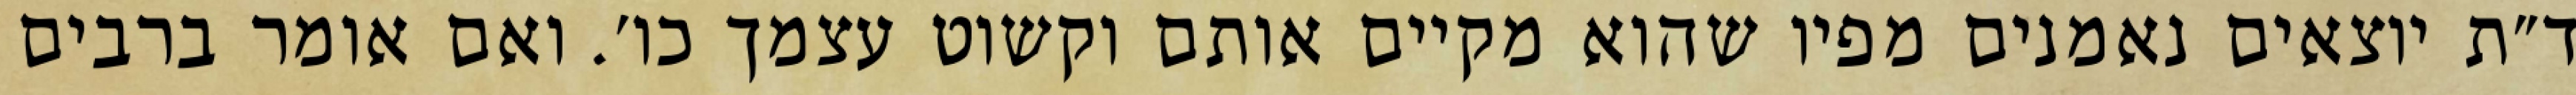
ד״ת יוצאים נאמנים מפיו שהוא מקיים אותם וקשוט עצמך כו׳. ואם אומר ברבים